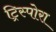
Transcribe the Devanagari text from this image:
ट्रिस्पोरा